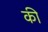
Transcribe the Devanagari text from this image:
की